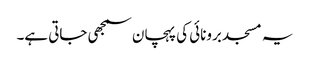
یہ مسجد برونائی کی پہچان سمجھی جاتی ہے۔